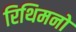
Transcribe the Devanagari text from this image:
रिथिमनो